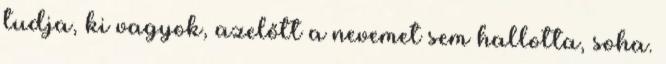
tudja, ki vagyok, azelőtt a nevemet sem hallotta, soha.